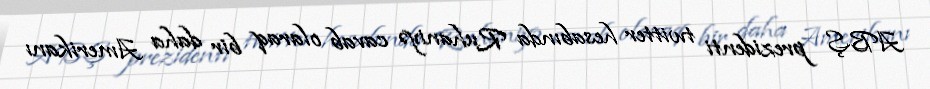
ABŞ prezidenti twitter hesabında Ruhaniyə cavab olaraq bir daha Amerikanı